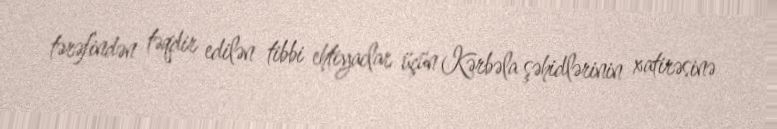
tərəfindən təqdir edilən tibbi ehtiyaclar üçün Kərbəla şəhidlərinin xatirəsinə